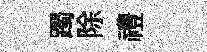
躅除禮